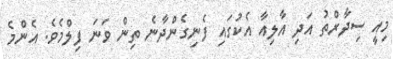
މިއީ ސިދާރްތު އަދި އާލިއާ އެކުގައި ފެނިގެންދާނެ ތިން ވަނަ ފިލްމެވެ. އެންމެ